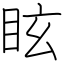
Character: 眩